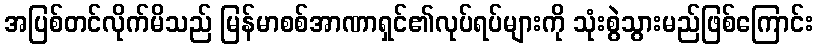
အပြစ်တင်လိုက်မိသည် မြန်မာစစ်အာဏာရှင်၏လုပ်ရပ်များကို သုံးစွဲသွားမည်ဖြစ်ကြောင်း